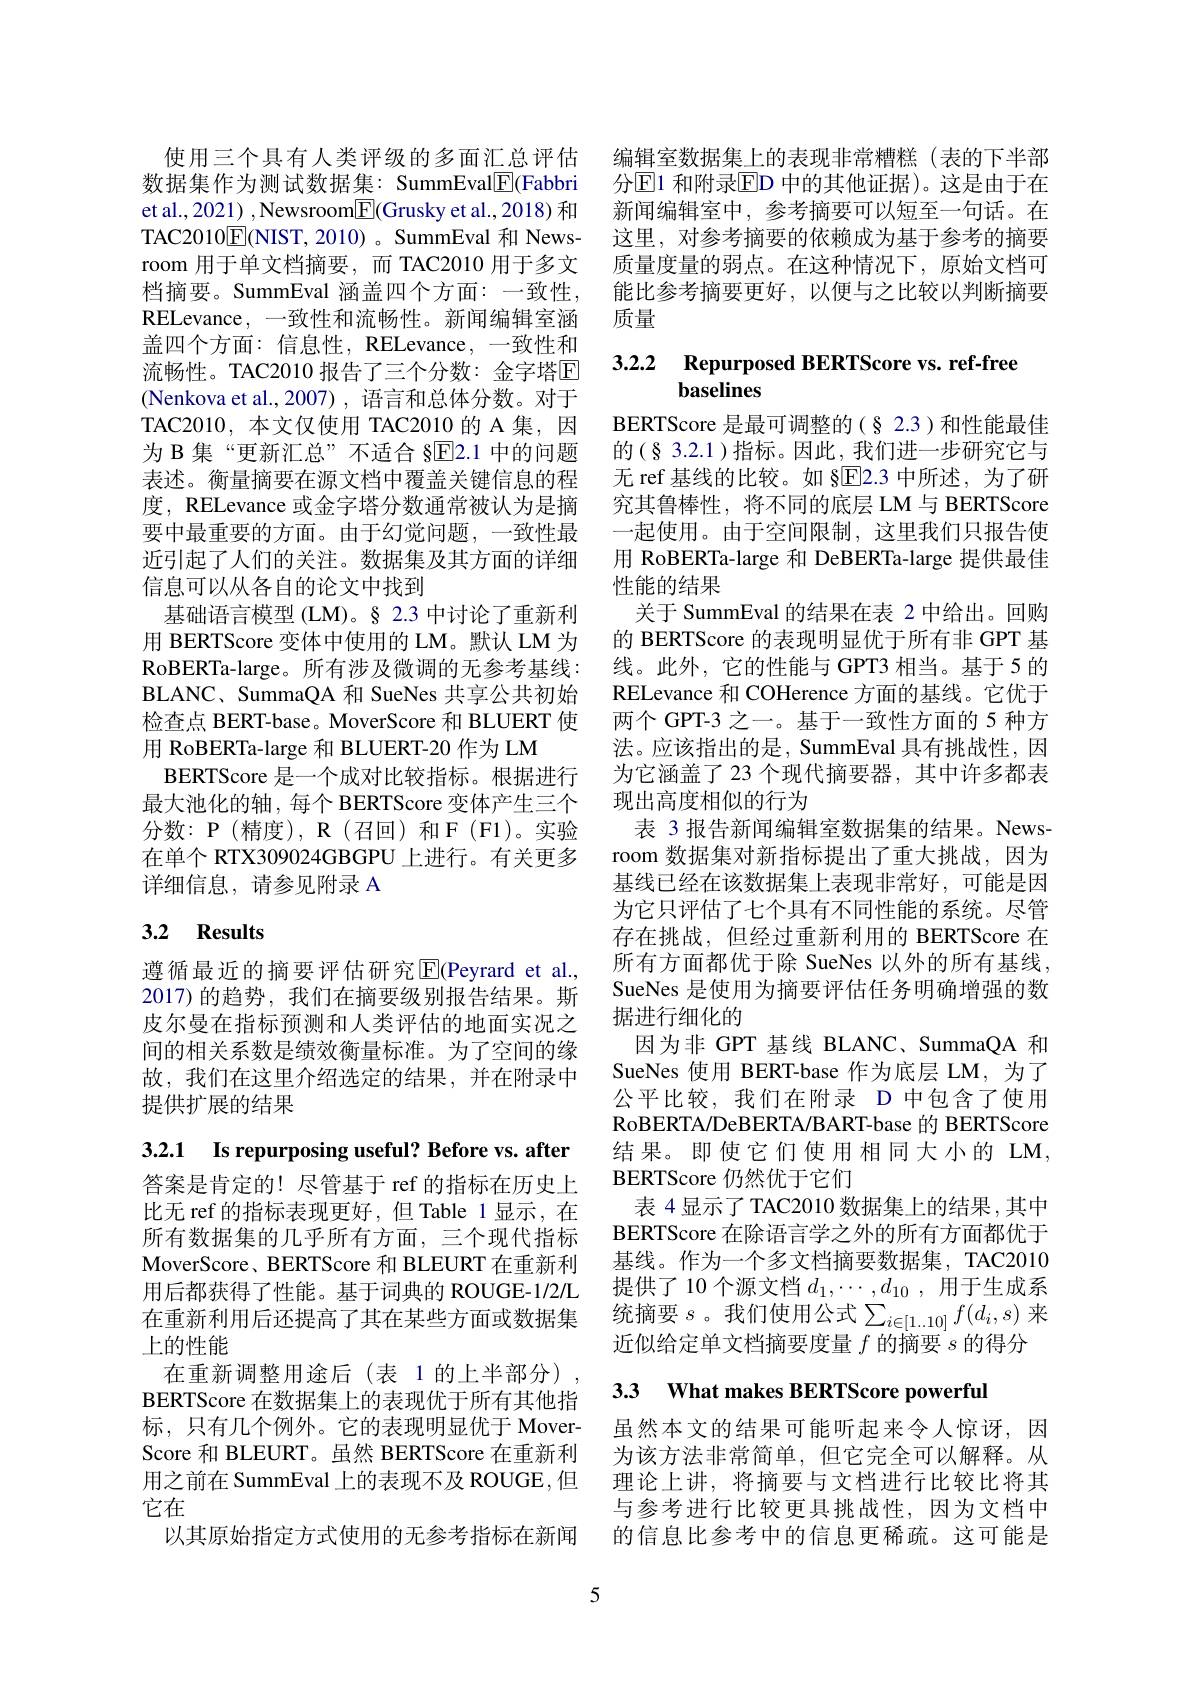
使用三个具有人类评级的多面汇总评估数据集作为测试数据集：SummEval$\boxed{\mathrm{F}}$(Fabbri et al., 2021) , Newsroom$\underline{\mathrm{E}}($Grusky et al., 2018) 和TAC2010$\underline{\mathrm{E}}($NIST,2010)。SummEval 和 Newsroom 用于单文档摘要，而 TAC2010 用于多文档摘要。SummEval 涵盖四个方面：一致性， RELevance, 一致性和流畅性。新闻编辑室涵盖四个方面：信息性，RELevance, 一致性和流畅性。TAC2010 报告了三个分数：金字塔$\overline{\mathrm{E}}$ (Nenkova et al.,2007), 语言和总体分数。对于TAC2010,本文仅使用 TAC2010 的 A 集，因为 B 集“更新汇总”不适合 §E2.1 中的问题表述。衡量摘要在源文档中覆盖关键信息的程度，RELevance 或金字塔分数通常被认为是摘要中最重要的方面。由于幻觉问题，一致性最近引起了人们的关注。数据集及其方面的详细信息可以从各自的论文中找到
基础语言模型 (LM)。§ 2.3 中讨论了重新利用 BERTScore 变体中使用的 LM。默认 LM 为RoBERTa-large。所有涉及微调的无参考基线： BLANC、SummaQA 和 SueNes 共享公共初始检查点 BERT-base。MoverScore 和 BLUERT 使用 RoBERTa-large 和 BLUERT-20 作为 LM
BERTScore 是一个成对比较指标。根据进行最大池化的轴，每个 BERTScore 变体产生三个分数：P(精度),R(召回)和F(F1)。实验在单个 RTX309024GBGPU 上进行。有关更多详细信息，请参见附录 A

## 3.2 Results

遵循最近的摘要评估研究$\operatorname{E}$(Peyrard et al., 2017)的趋势，我们在摘要级别报告结果。斯皮尔曼在指标预测和人类评估的地面实况之间的相关系数是绩效衡量标准。为了空间的缘故，我们在这里介绍选定的结果，并在附录中提供扩展的结果

3.2.1 Is repurposing useful? Before vs. after

答案是肯定的！尽管基于 ref 的指标在历史上比无 ref 的指标表现更好，但 Table 1 显示，在所有数据集的几乎所有方面，三个现代指标MoverScore、BERTScore 和 BLEURT 在重新利用后都获得了性能。基于词典的 ROUGE-1/2亿在重新利用后还提高了其在某些方面或数据集上的性能
在重新调整用途后(表 1的上半部分) BERTScore 在数据集上的表现优于所有其他指标，只有几个例外。它的表现明显优于 MoverScore 和 BLEURT。虽然 BERTScore 在重新利用之前在 SummEval 上的表现不及 ROUGE,但它在
以其原始指定方式使用的无参考指标在新闻

编辑室数据集上的表现非常糟糕(表的下半部分$\operatorname{E1}$ 和附录$\operatorname{ED}$ 中的其他证据)。这是由于在新闻编辑室中，参考摘要可以短至一句话。在这里，对参考摘要的依赖成为基于参考的摘要质量度量的弱点。在这种情况下，原始文档可能比参考摘要更好，以便与之比较以判断摘要质量

## 3.2.2 Repurposed BERTScore vs. ref-free baselines

BERTScore 是最可调整的(§ 2.3)和性能最佳的(§3.2.1)指标。因此，我们进一步研究它与无 ref 基线的比较。如 §E2.3 中所述，为了研究其鲁棒性，将不同的底层 LM 与 BERTScore 一起使用。由于空间限制，这里我们只报告使用 RoBERTa-large 和 DeBERTa-large 提供最佳性能的结果
关于 SummEval 的结果在表 2 中给出。回购的 BERTScore 的表现明显优于所有非 GPT 基线。此外，它的性能与 GPT3 相当。基于 5 的RELevance 和 COHerence 方面的基线。它优于两个 GPT-3 之一。基于一致性方面的 5 种方法。应该指出的是，SummEval 具有挑战性，因为它涵盖了 23 个现代摘要器，其中许多都表现出高度相似的行为
表 3 报告新闻编辑室数据集的结果。Newsroom 数据集对新指标提出了重大挑战，因为基线已经在该数据集上表现非常好，可能是因为它只评估了七个具有不同性能的系统。尽管存在挑战，但经过重新利用的 BERTScore 在所有方面都优于除 SueNes 以外的所有基线， SueNes 是使用为摘要评估任务明确增强的数据进行细化的
因为非 GPT 基线 BLANC、SummaQA 和SueNes 使用 BERT-base 作为底层 LM, 为了公平比较，我们在附录 D 中包含了使用RoBERTA/DeBERTA/BART-base 的 BERTScore 结果。即使它们使用相同大小的 LM, BERTScore 仍然优于它们
表 4显示了 TAC2010 数据集上的结果，其中BERTScore 在除语言学之外的所有方面都优于基线。作为一个多文档摘要数据集，TAC2010提供了 10 个源文档$d_1,\cdots,d_{10}$,用于生成系统摘要$s$。我们使用公式$\sum_i\in[1..10]f(d_i,s)$ 来近似给定单文档摘要度量$f$的摘要$s$的得分

## 3.3 What makes BERTScore powerfu

虽然本文的结果可能听起来令人惊讶，因为该方法非常简单，但它完全可以解释。从理论上讲，将摘要与文档进行比较比将其与参考进行比较更具挑战性，因为文档中的信息比参考中的信息更稀疏。这可能是

5